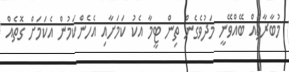
މުބާރާތެއް ބޭއްވޭނީ މަދުވެގެން ތިން ޓީމާ އެކު ކަމަށާއި އެހެންކަމުން އެކަމަށް ގޮތެއް